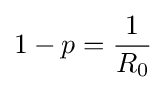
1-p={\frac {1}{R_{0}}}